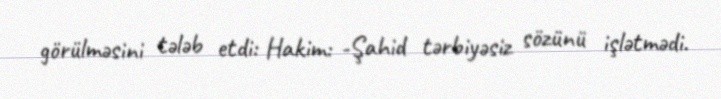
görülməsini tələb etdi: Hakim: -Şahid tərbiyəsiz sözünü işlətmədi.